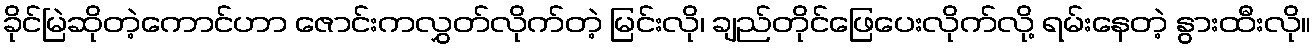
ခိုင်မြဲဆိုတဲ့ကောင်ဟာ ဇောင်းကလွှတ်လိုက်တဲ့ မြင်းလို၊ ချည်တိုင်ဖြေပေးလိုက်လို့ ရမ်းနေတဲ့ နွားထီးလို။